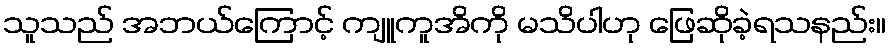
သူသည် အဘယ်ကြောင့် ကျူကူအိကို မသိပါဟု ဖြေဆိုခဲ့ရသနည်း။